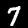
Digit: 7